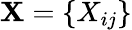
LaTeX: \mathbf{X}=\{ X_{ij}\}